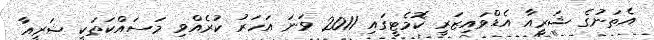
އެތަނުގެ ޝަރީއާ އެޑްވައިޒަރީ ކޮމެޓީގައި 2011 ވަނަ އަހަރު ކުރެއްވި މަސައްކަތަކީ ޝަރީއާ